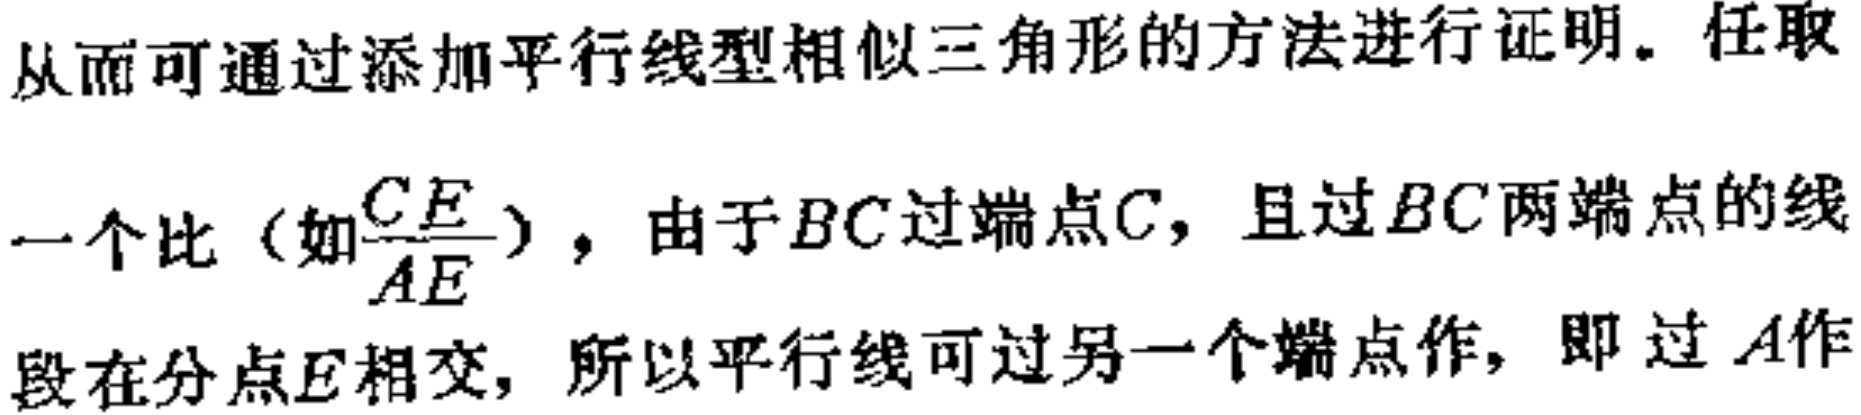
从而可通过添加平行线型相似三角形的方法进行证明。任取
一个比（如$\frac{CE}{AE}$），由于$BC$过端点$C$，且过$BC$两端点的线
段在分点$E$相交，所以平行线可过另一个端点作，即过$A$作